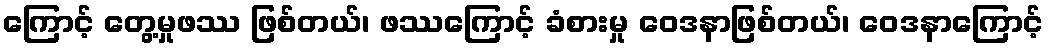
ကြောင့် တွေ့မှုဖဿ ဖြစ်တယ်၊ ဖဿကြောင့် ခံစားမှု ဝေဒနာဖြစ်တယ်၊ ဝေဒနာကြောင့်